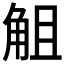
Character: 𧣞